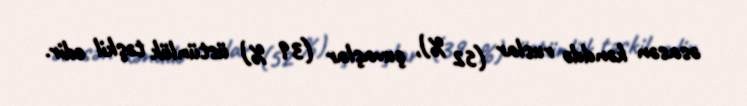
əsasən kənddə ruslar (52 %), çuvaşlar (39 %) üstünlük təşkil edir.